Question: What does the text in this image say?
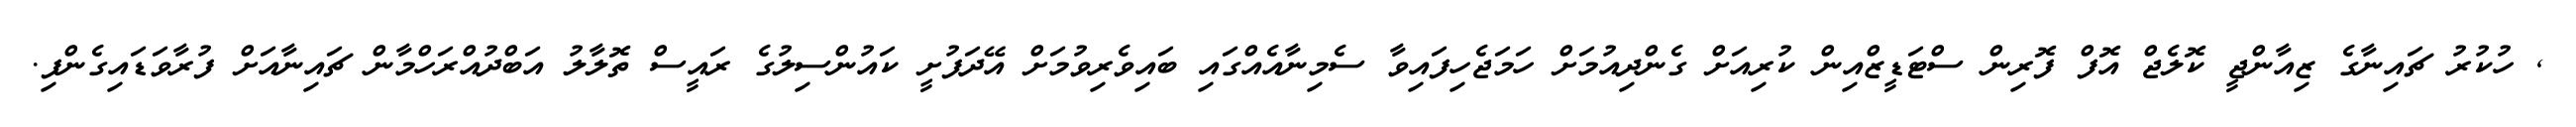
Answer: , ހުކުރު ޗައިނާގެ ޒިއާންޖީ ކޮލެޖް އޮފް ފޮރިން ސްޓަޑީޒްއިން ކުރިއަށް ގެންދިއުމަށް ހަމަޖެހިފައިވާ ސެމިނާއެއްގައި ބައިވެރިވުމަށް އޭދަފުށީ ކައުންސިލުގެ ރައީސް ތޮލާލު އަބްދުއްރަހްމާން ޗައިނާއަށް ފުރާވަޑައިގެންފި.